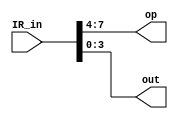
// split the output of IR to imm and op
module demux(IR_in, op, out);
input wire [7:0] IR_in;
output wire [3:0] out;
output wire [3:0] op;

assign op = IR_in[7:4];
assign out = IR_in[3:0];

endmodule